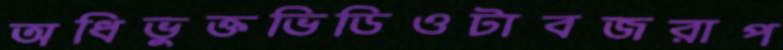
অধিভুক্তভিডিওটাবজরাপ